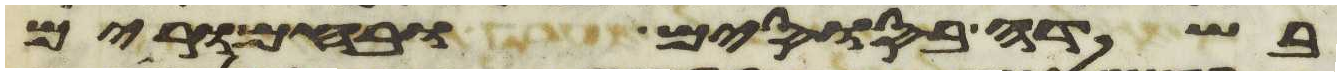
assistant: בשדה בסוסים ובחמרים